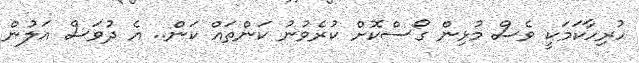
ހުރިހާކަމަކީ ވެސް މުޅިން ގޯސްކޮށް ކުރެވުނު ކަންތައް ކަން.. އެ ދުވަސް އަލުން